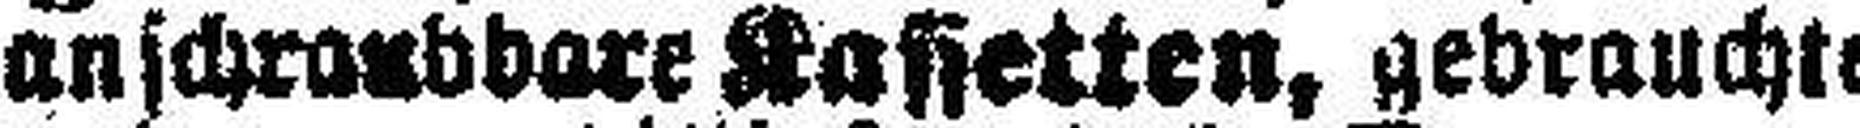
anschraub bare Kassetten, gebrauchte